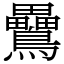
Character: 䴎